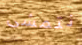
نتمشى